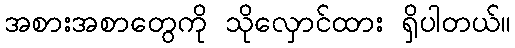
အစားအစာတွေကို သိုလှောင်ထား ရှိပါတယ်။